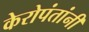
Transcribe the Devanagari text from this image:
केरोपंतांनी